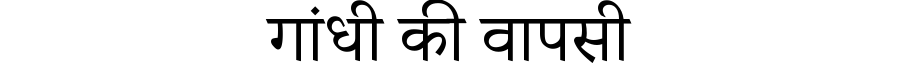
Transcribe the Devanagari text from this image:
गांधी की वापसी